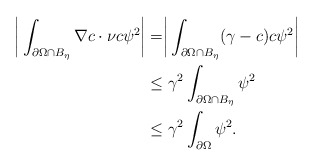
\begin{align*}\begin{aligned}\biggr{|}\int_{\partial\Omega\cap B_{\eta} }\nabla c\cdot\nu c\psi^{2}\biggr{|}&=\biggr{|}\int_{\partial\Omega\cap B_{\eta} }(\gamma-c) c\psi^{2}\biggr{|}\\&\le \gamma^{2}\int_{\partial\Omega\cap B_{\eta} }\psi^{2} \\&\le \gamma^{2}\int_{\partial\Omega} \psi^{2}.\end{aligned}\end{align*}